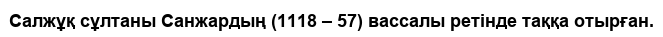
Салжұқ сұлтаны Санжардың (1118 – 57) вассалы ретінде таққа отырған.